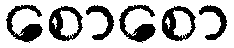
စောစော